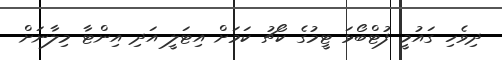
ދިވެހި ގައުމީ ފުޓްބޯޅަ ޓީމުގެ ކޯޗު ކަމަށް އިޓަލީ އަދި އިންޓާ މިލާނަށް